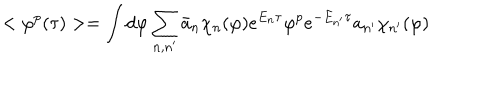
< \varphi ^ { p } ( \tau ) > = \int d \varphi \sum _ { n , n ^ { \prime } } \bar { a } _ { n } \chi _ { n } ( \varphi ) e ^ { E _ { n } \tau } \varphi ^ { p } e ^ { - E _ { n ^ { \prime } } \tau } a _ { n ^ { \prime } } \chi _ { n ^ { \prime } } ( \varphi )